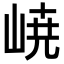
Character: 𡸳